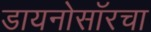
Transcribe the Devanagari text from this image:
डायनोसॉरचा